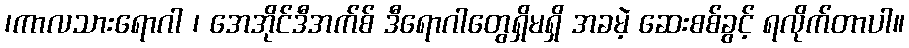
၊ကာလသားရောဂါ ၊ အေအိုင်ဒီအက်စ် ဒီရောဂါတွေရှိမရှိ အခမဲ့ ဆေးစစ်ခွင့် ရလိုက်တာပါ။